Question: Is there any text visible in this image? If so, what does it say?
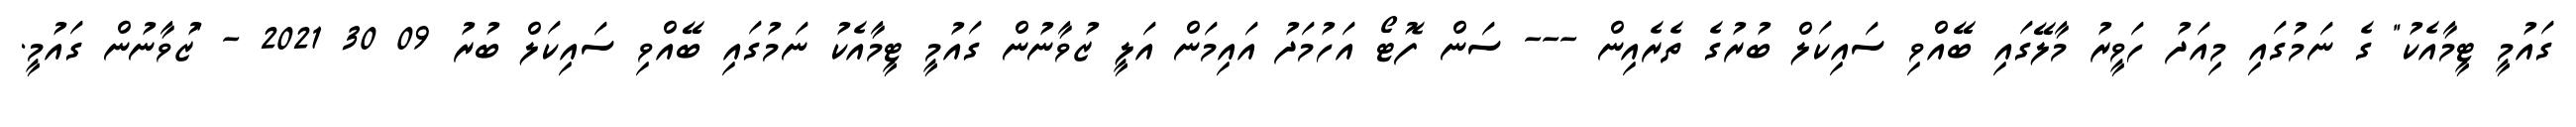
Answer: ގައުމީ ޓީމާއެކު" ގެ ނަމުގައި މިއަދު ހަވީރު މާލޭގައި ބޭއްވި ސައިކަލް ބުރުގެ ތެރެއިން --- ސަން ފޮޓޯ އަހުމަދު އައިމަން އަލީ ޒުވާނުން ގައުމީ ޓީމާއެކު ނަމުގައި ބޭއްވި ސައިކަލް ބުރު 09 30 2021 - "ޒުވާނުން ގައުމީ.